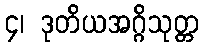
၄၊ ဒုတိယအဂ္ဂိသုတ္တ